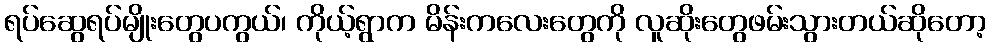
ရပ်ဆွေရပ်မျိုးတွေပကွယ်၊ ကိုယ့်ရွာက မိန်းကလေးတွေကို လူဆိုးတွေဖမ်းသွားတယ်ဆိုတော့